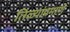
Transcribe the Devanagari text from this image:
तिळ्यांप्रमाणे